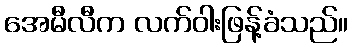
အေမီလီက လက်ဝါးဖြန့်ခံသည်။